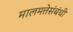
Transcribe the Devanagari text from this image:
मालमत्तेसंबंधी